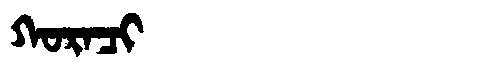
Manchu: ᡴᠣᡵᠠᠴᡳ
Romanization: KORACI